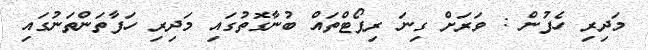
މަދިރި ހެފުން : ވަރަށް ގިނަ ރިޕޯޓްތައް ބުނާގޮތުގައި މަދިރި ހަފާތަންތަނުގައި